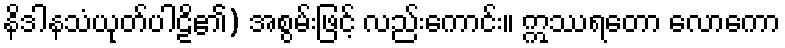
နိဒါနသံယုတ်ပါဠိ၏) အစွမ်းဖြင့် လည်းကောင်း။ ဣဿရတော လောကော